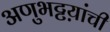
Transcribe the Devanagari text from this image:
अणुभट्टय़ांची